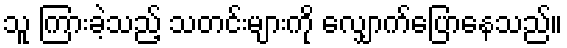
သူ ကြားခဲ့သည့် သတင်းများကို လျှောက်ပြောနေသည်။